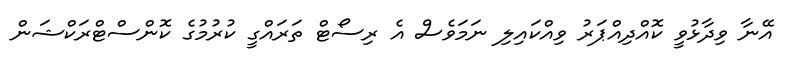
އޭނާ ވިދާޅުވީ ކޮއްދިއްޕަރު ވިއްކައިލި ނަމަވެސް އެ ރިސޯޓް ތަރައްގީ ކުރުމުގެ ކޮންސްޓްރަކްޝަން